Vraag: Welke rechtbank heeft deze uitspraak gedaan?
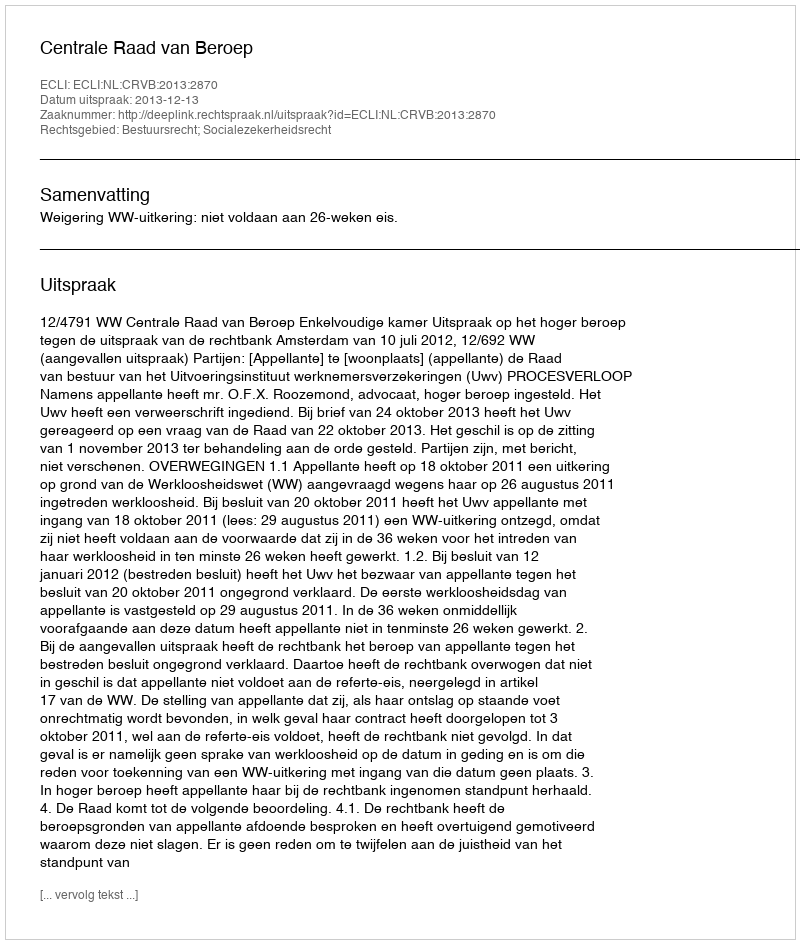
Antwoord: Centrale Raad van Beroep